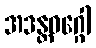
အဒန္တဝဂ္ဂေါ